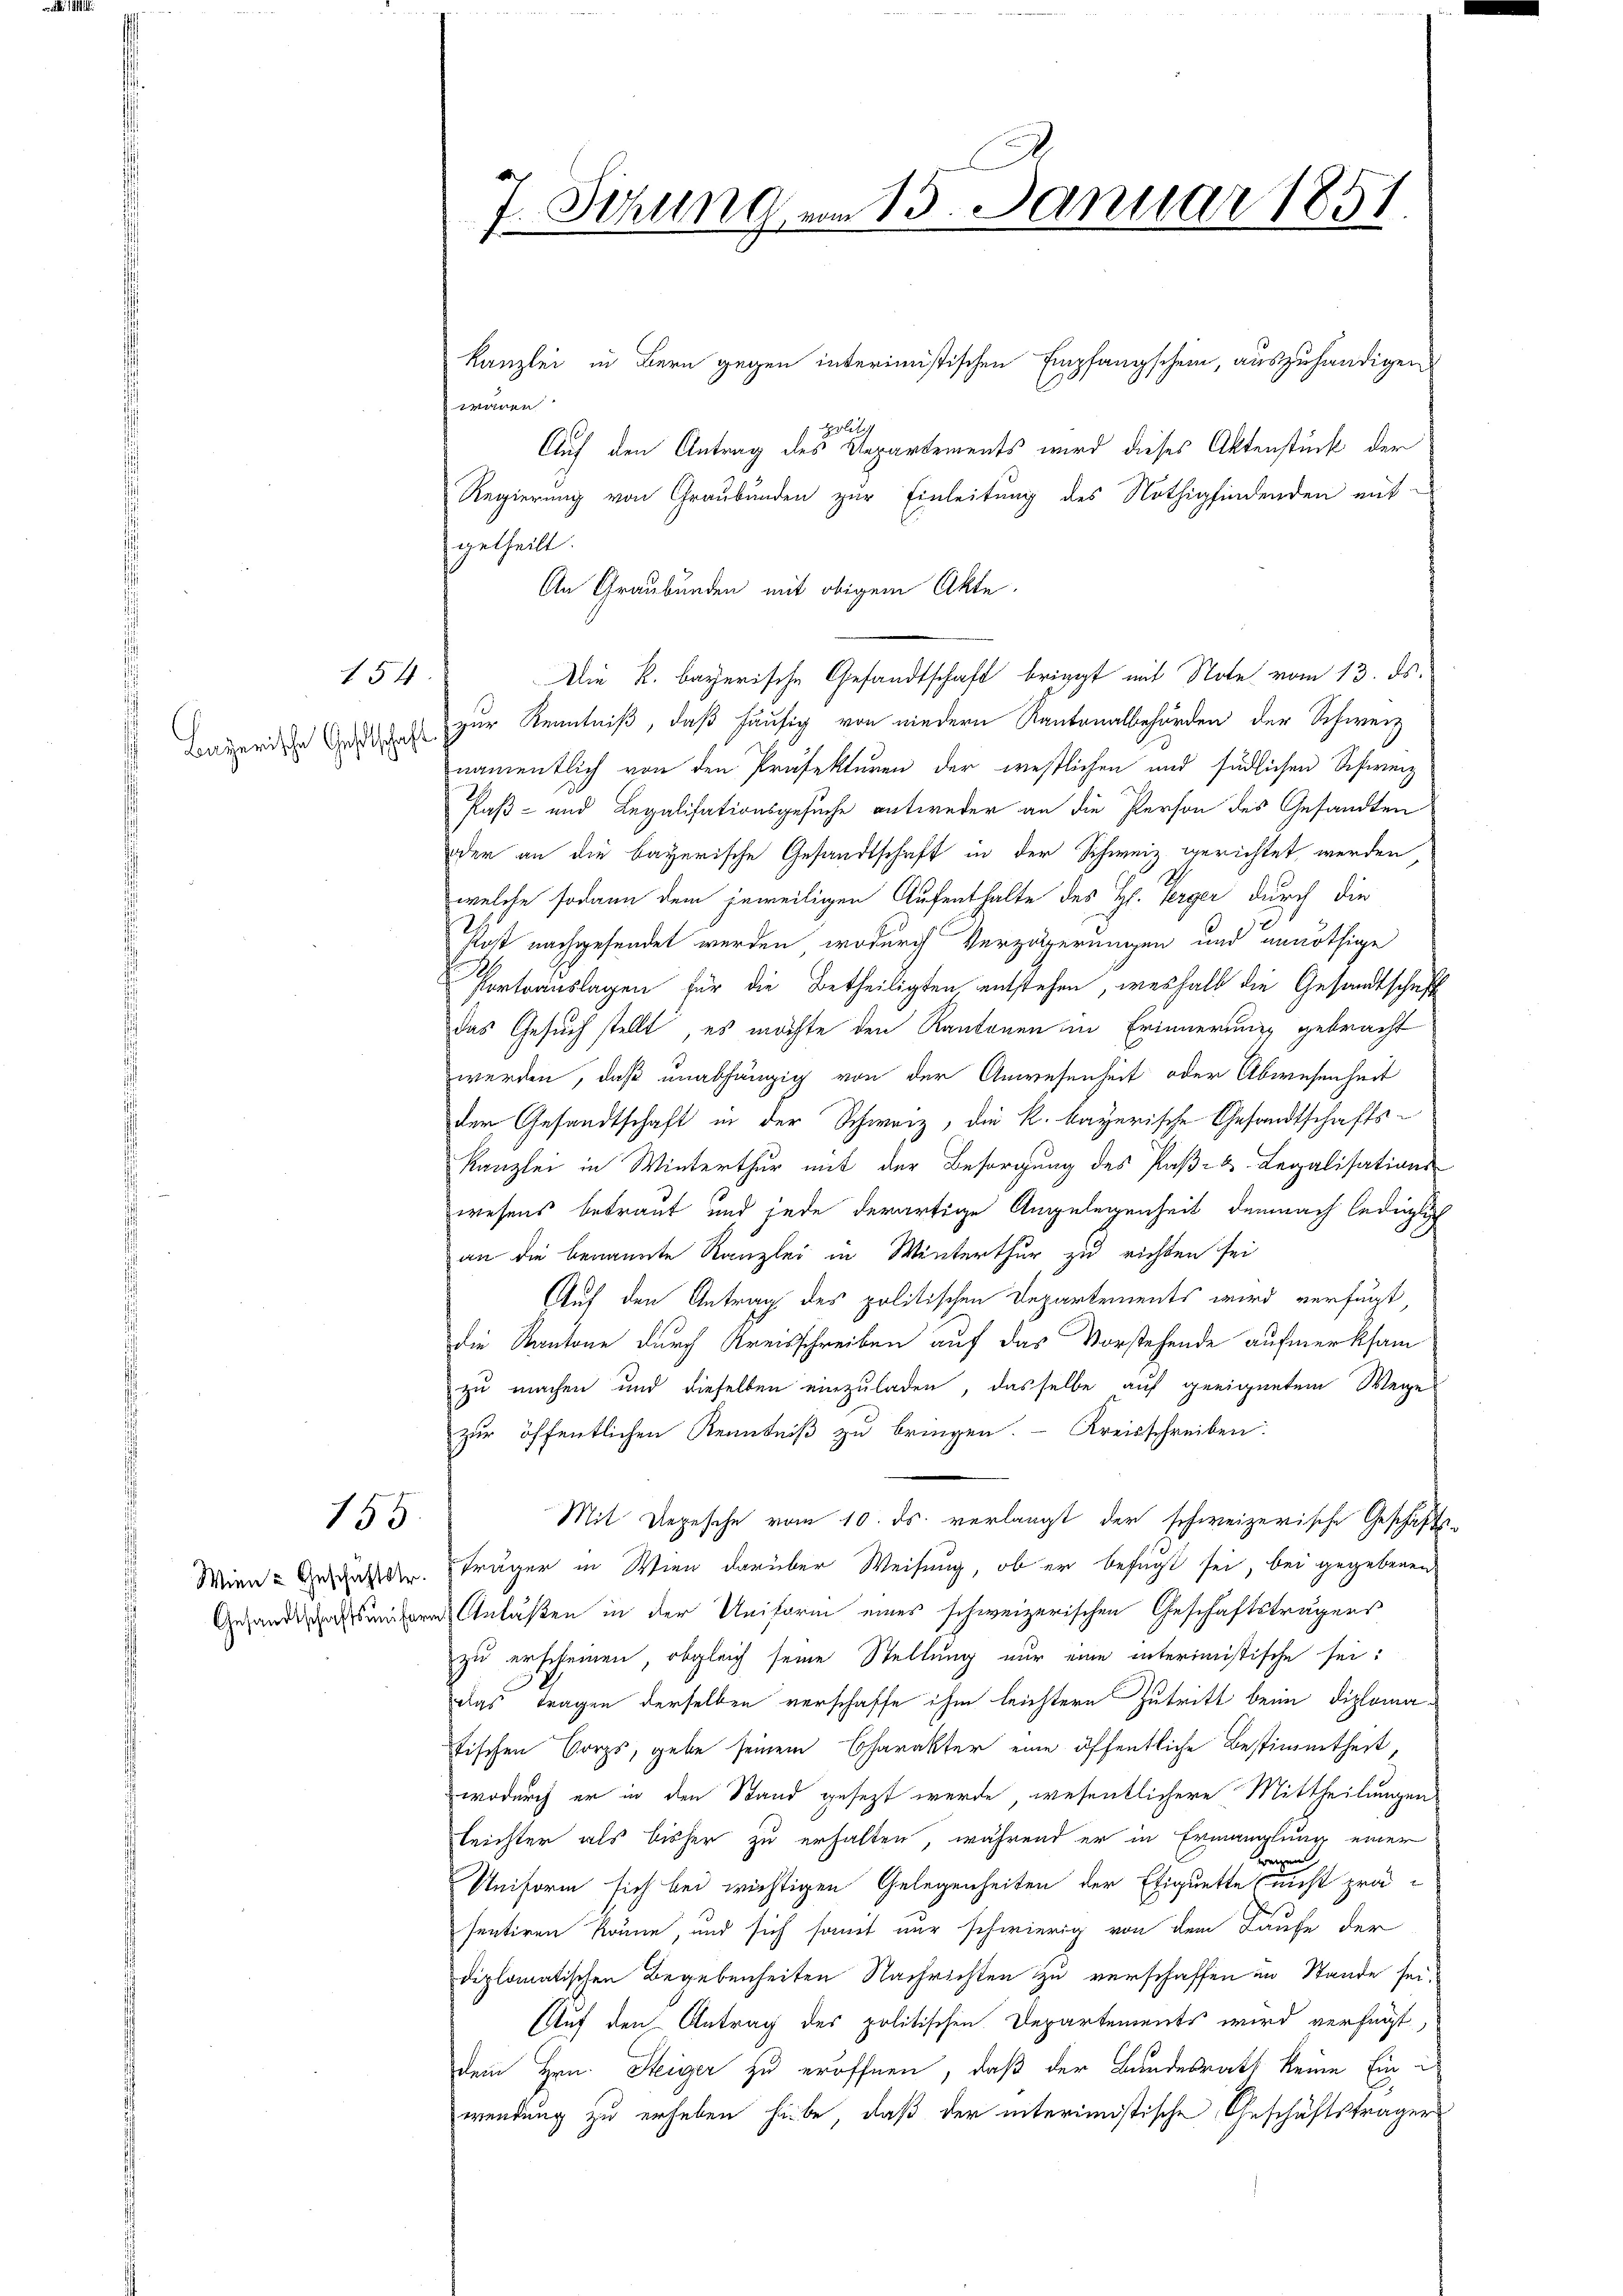
154.
Bayerische Geselschaft

Wien u Geschäftstr.
Gesandtschaftsunifor

155

Schrung vom 13. Januar 1851.
4
f

Kanzlei in Bern gegen interimistischen Empfangschein, auszuhändigen
wären
polit
Auf den Antrag des Departements wird dieses Aktenstück der
Regierung von Graubünden zur Einleitung des Nothigfindenden mit-
getheilt.
An Graubünden mit obigem Akte
Die k. bayerische Gesandtschaft beiget mit Note vom 13. ds.
zur Kenntniß, daß häufig von niedern Kantonalbehörden der Schweiz
namentlich von den Präfekturen der westlichen und südlichen Schweiz
Paß- und Legalisationsgesuche entweder an die Person des Gesandten
oder an die bayerische Gesandtschaft in der Schweiz gerichtet werden
welche sodann dem jeweiligen Aufenthalte des H. Verger durch die
Post nachgesendet werden, wodurch Verzögerungen und unnöthige
Portoauslagen für die Betheiligten entstehen, weshalb die Gesandtschaft
das Gesuch stellt, es möchte den Kantonen in Erinnerung gebracht
werden, daß unabhängig von der Anwesenheit oder Abwesenheit
der Gesandtschaft in der Schweiz, die k. bayerische Gesandtschafts¬
Kanzlei in Winterthur mit der Besorgung des Paße & Legalisations-
wesens betraut und jede derartige Angelegenheit demnach lediglich
an die benannte Kanzlei in Winterthur zu richten sei
Auf den Antrag des politischen Departements wird verfügt
die Kantone durch Kreisschreiben auf das Vorstehende aufmerksam
zu machen und dieselben einzuladen, dasselbe auf geeignetem Wege
zur öffentlichen Kenntniß zu bringen. - Kreisschreiben:
Mit Depesche vom 10. ds. verlangt der schweizerische Geschäfts
Träger in Wien darüber Weisung, ob er befugt sei, bei gegebenen
Anlaßen in der Uniform eines schweizerischen Geschäftsträgens
zu erscheinen, obgleich seine Stellung nur eine interimistische sei:
lgs Fragen derselben verschaffe ihm leichtern Zutritt beim Diplomafischen Corps, gebe seinem Charakter eine öffentliche Bestimmtheit
wodurch er in den Stand gesezt werde, wesentlichere Mittheilungen
Teichter als bisher zu erhalten, während er in Ermanglung einer
wesen.
Uniform sich bei wichtigen Gelegenheiten der Etiquette nicht prä-
sentiren könne, und sich somit nur schwierig von dem Laufe der
diplomatischen Begebenheiten Nachrichten zu verschaffen in Stande sei.
Auf den Antrag des politischen Departements wird verfügt,
dem Hrn. Steiger zu eröffnen, daß der Bundesrath keine Einwendung zu erheben habe, daß der interimistische Geschäftsträger